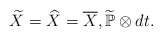
\begin{align*}\widetilde{X} = \widehat{X} = \overline{X} , \widetilde{\mathbb{P}}\otimes dt .\end{align*}